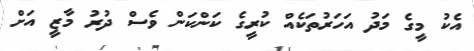
އެކު މީގެ މަދު އަހަރުތަކެއް ކުރީގެ ކަންކަން ވެސް ދުރު މާޒީ އަށް